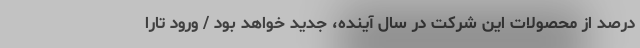
درصد از محصولات این شرکت در سال آینده، جدید خواهد بود / ورود تارا